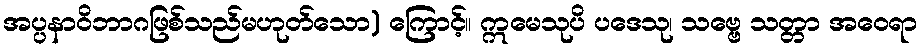
အပ္ပနာဝိဘာဂဖြစ်သည်မဟုတ်သော) ကြောင့်။ ဣမေသုပိ ပဒေသု၊ သဗ္ဗေ သတ္တာ အဝေရာ